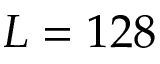
L = 1 2 8